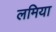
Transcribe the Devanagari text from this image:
लमिया